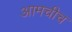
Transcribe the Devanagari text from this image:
आमचीच